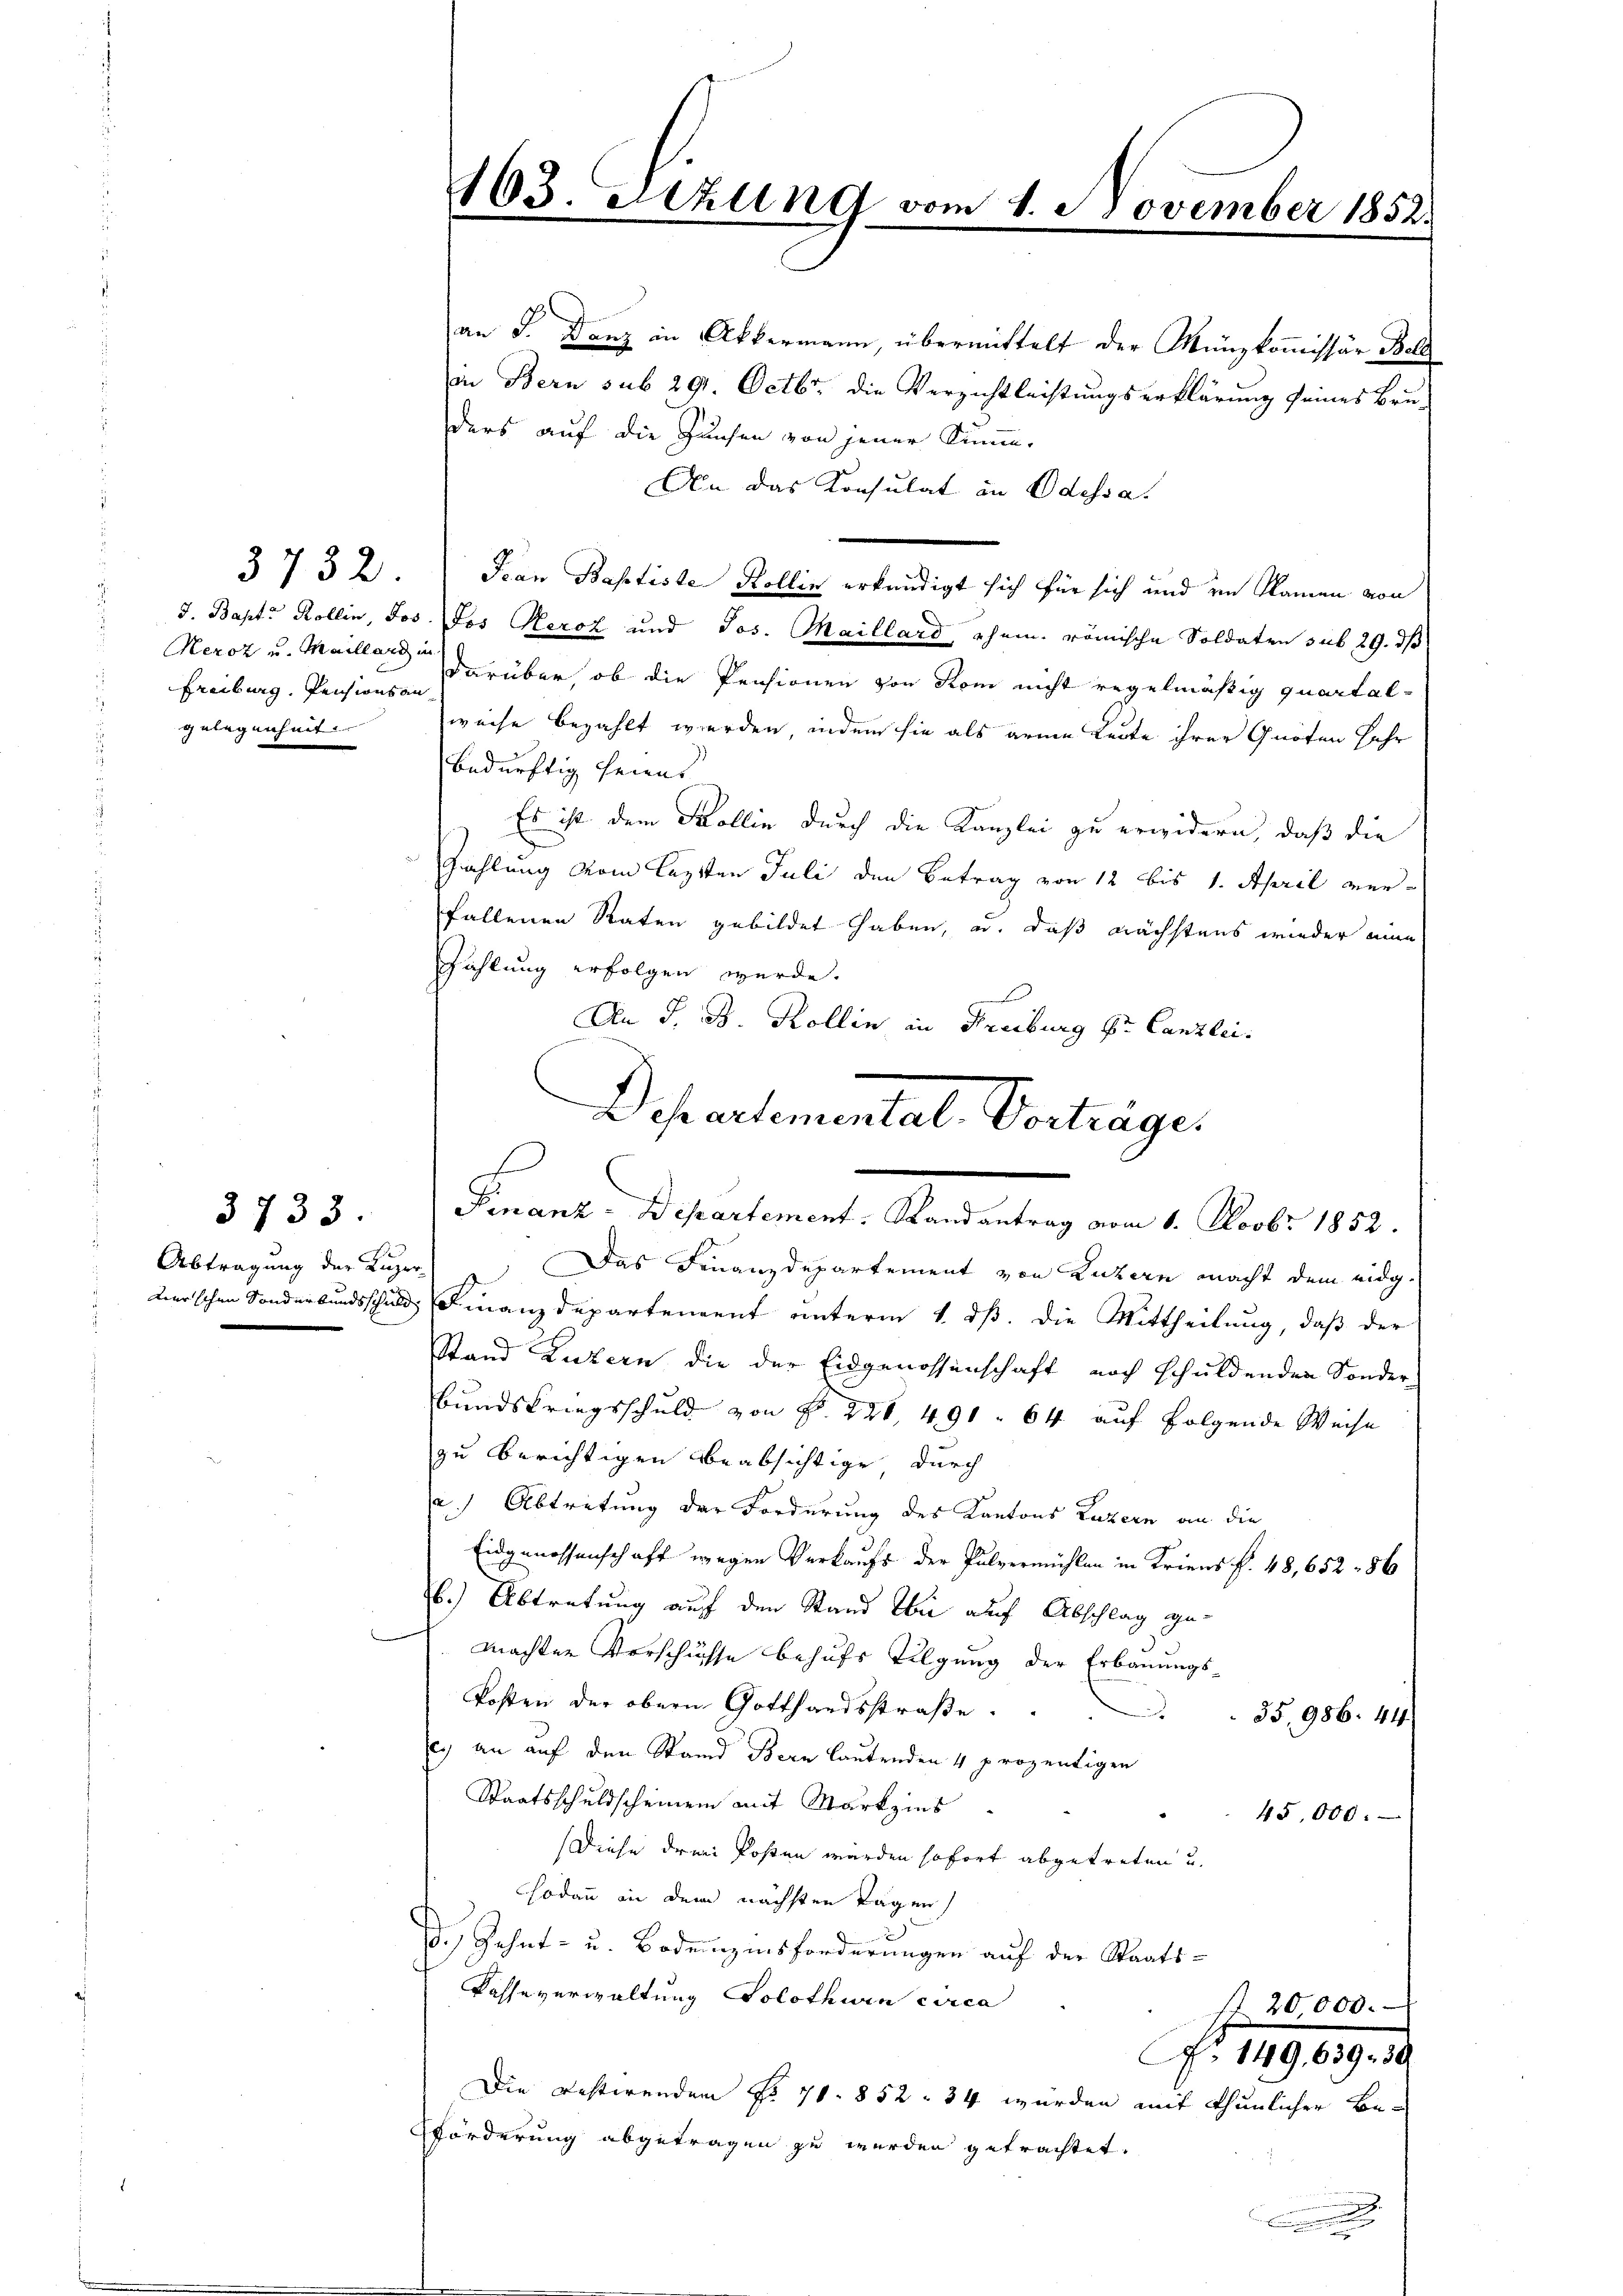
Heroz u. Maillard in
Freiburg. Pensionsan
gelegenheit |

3733.

103. Sezung vom 1. November 1852.

an J. Danz in Akkermann, übermittelt der Münzkommissär Bolz
in Bern sub 291. Octbr. die Verzichtleistungserklärung seines Bru-
ders auf die Hansen von jener Sinne-
An das Konsulat in Odessa.
3732. Jean Baptiste Kollin erkundigt sich für sich und im Namen von
J. Bapt. Rollin, Jos. Jos Herz und Jos. Maillard, ehem. römische Soldaten sub 29. ds
darüber, ob die Pensionen von Rom nicht regelmäßig quartal-
weise bezahlt werden, indem sie als arme Leute ihrer Quoten Jahr
bedürftig heims
Es ist dem Wollin durch die Kanzlei zu erwidern, daß die
Zahlung vom lezten Juli den Betrag von 12 bis 1. April verfallenen Raten gebildet haben, u. daß nächstens wieder eine
Zählung erfolgen wurde.
An J. B. Kollin in Freiburg Er Canzlei.
Abtragung der Kuger) Das Finanzdepartement von Luzern macht dem eidg¬
Kerschen Sonderbundsschuld, Finanzdepartenannt unterm 1. dß. die Mittheilung, daß der
Stand Luzern die der Eidgenossenschaft noch schuldenden Sonder-
Bundskriegsschuld von N. 228, 491 64 auf folgende Weise
zu berichtigen beabsichtige durch
a. Abtretung der Forderung des Kantons Luzern an die
Eidgenossenschaft wegen Verkaufs der Pulvermühlen in Kriens . 48, 652 - 86
b.) Abtretung auf den Stand bei auf Abschlag gemachten Vorschüsse behufs Tilgung der Erbauungs¬
Kosten der obern Gotthandsstraße.
.
35. 986. 44.
e an auf den Stand Bern lautenden 4 prozentigen
Staatsschuldscheinem mit Markzins
45,000.
Diese drei Posten werden sofort abgetreten u.
Hodann an dem nächsten Tagen
d. Zehnt- u. Bodenzinsforderungen auf der Staats-
Kasse verwaltung Solothurn circa
7. 20,000.
Ao 18909. 18.
Die Bestirenden No 71. 852 - 34 wurden mit thunlicher Be¬
Pförderung abgetragen zu werden getrachtet.
.

Departemental, Vortrages
s
Finanz-Departement. Randantrag vom 1. Novbr 1852.

.